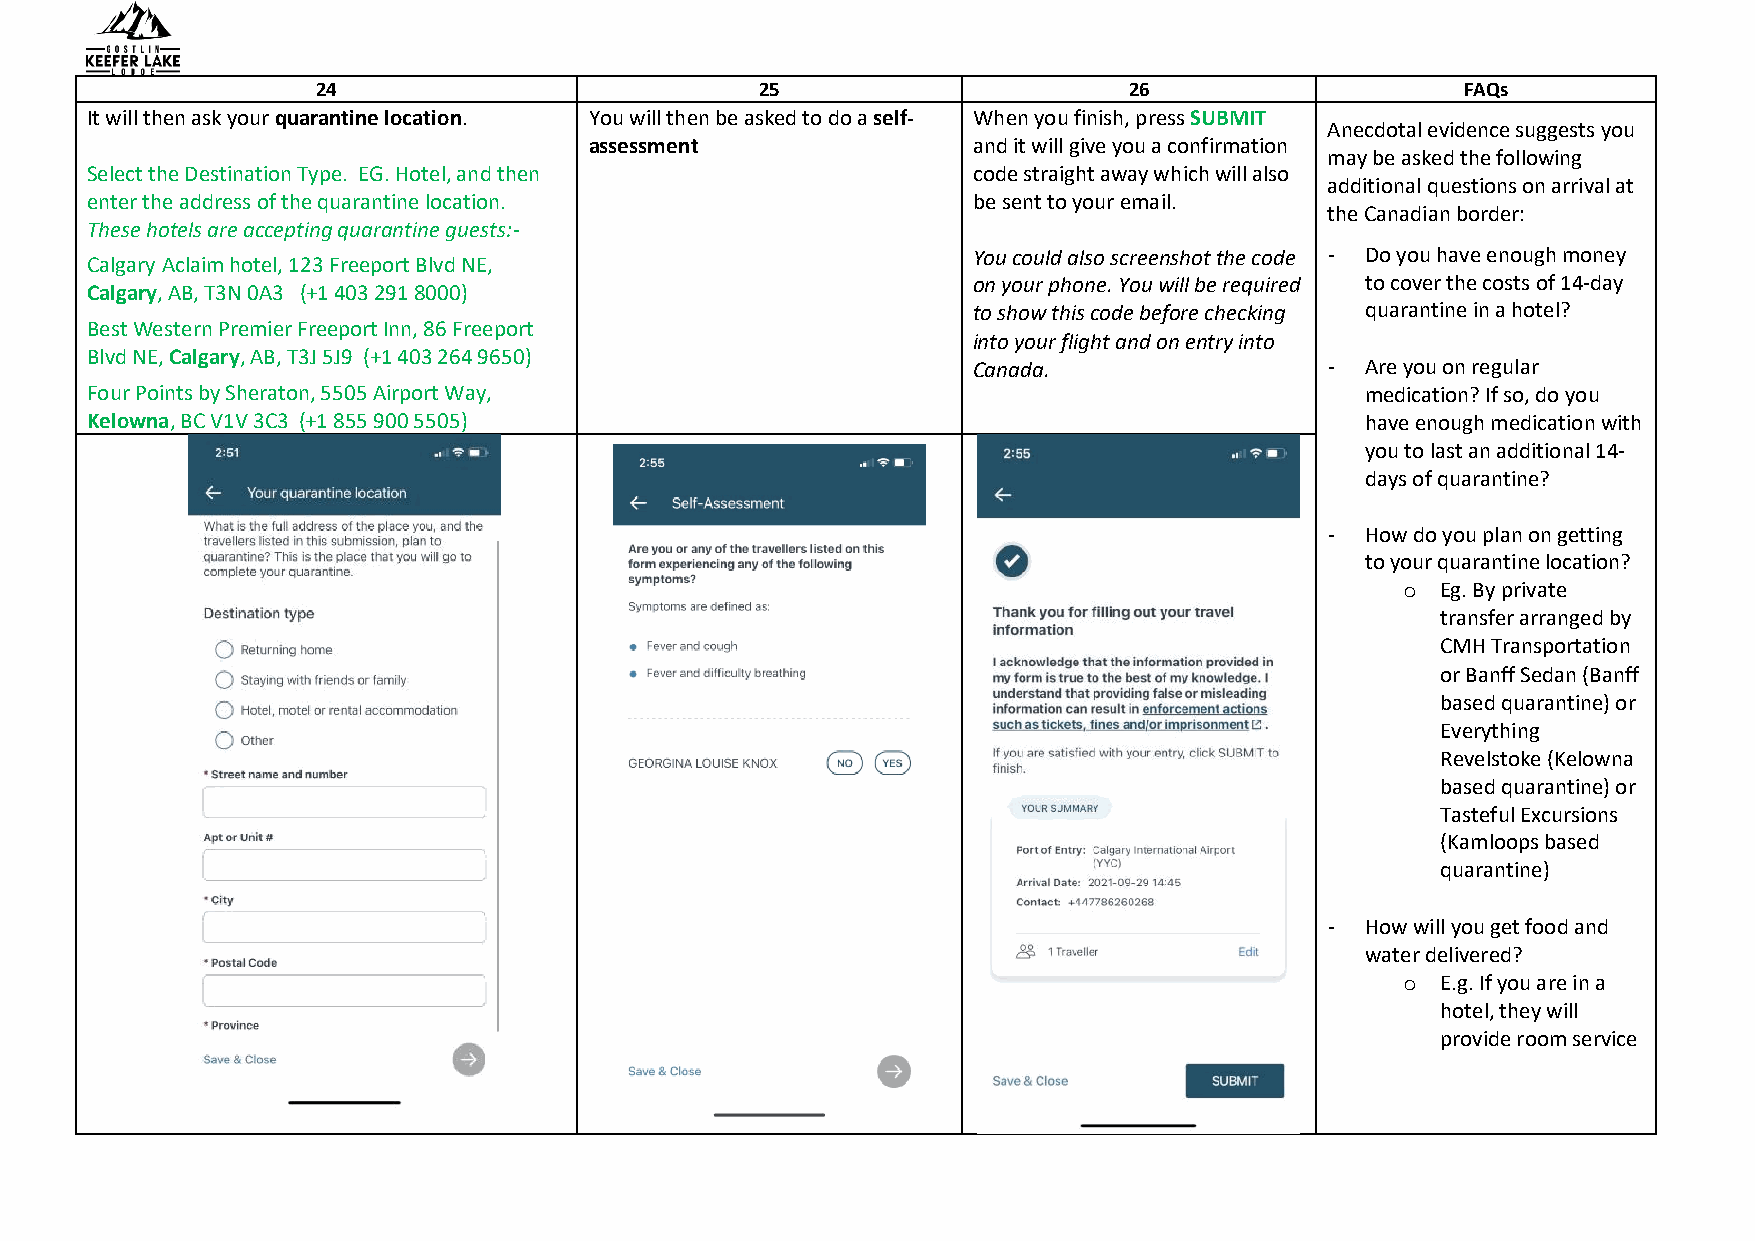
24                           25                       26                    FAQs
 It will then ask your quarantine location. You will then be asked to do a self- When you finish, press SUBMIT
 Anecdotal evidence suggests you
 assessment               and it will give you a confirmation
 may be asked the following
 Select the Destination Type. EG. Hotel, and then          code straight away which will also
 additional questions on arrival at
 enter the address of the quarantine location.             be sent to your email.
 the Canadian border:
 These hotels are accepting quarantine guests:-
 You could also screenshot the code - Do you have enough money
 Calgary Aclaim hotel, 123 Freeport Blvd NE,
 on your phone. You will be required to cover the costs of 14-day
 Calgary, AB, T3N 0A3 (+1 403 291 8000)
 to show this code before checking quarantine in a hotel?
 Best Western Premier Freeport Inn, 86 Freeport
 into your flight and on entry into
 Blvd NE, Calgary, AB, T3J 5J9 (+1 403 264 9650)
 Canada.                 - Are you on regular
 Four Points by Sheraton, 5505 Airport Way,                                          medication? If so, do you
 Kelowna, BC V1V 3C3 (+1 855 900 5505)                                               have enough medication with
 you to last an additional 14-
 days of quarantine?
 - How do you plan on getting
 to your quarantine location?
 o Eg. By private
 transfer arranged by
 CMH Transportation
 or Banff Sedan (Banff
 based quarantine) or
 Everything
 Revelstoke (Kelowna
 based quarantine) or
 Tasteful Excursions
 (Kamloops based
 quarantine)
 - How will you get food and
 water delivered?
 o E.g. If you are in a
 hotel, they will
 provide room service